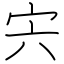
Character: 宍